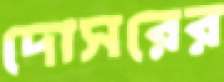
দোসরের